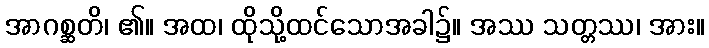
အာဂစ္ဆတိ၊ ၏။ အထ၊ ထိုသို့ထင်သောအခါ၌။ အဿ သတ္တဿ၊ အား။